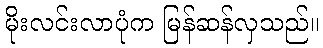
မိုးလင်းလာပုံက မြန်ဆန်လှသည်။